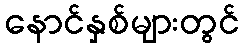
နောင်နှစ်များတွင်